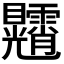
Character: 𥍕